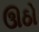
ઊઠો